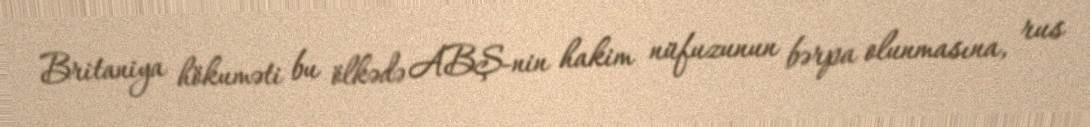
Britaniya hökuməti bu ölkədə ABŞ-nin hakim nüfuzunun bərpa olunmasına, rus